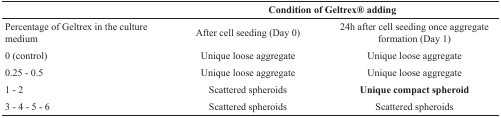
<table><thead><tr><td></td><td colspan="2"><b>Condition of Geltrex® adding</b></td></tr></thead><tbody><tr><td>Percentage of Geltrex in the culture medium</td><td>After cell seeding (Day 0)</td><td>24h after cell seeding once aggregateformation (Day 1)</td></tr><tr><td>0 (control)</td><td>Unique loose aggregate</td><td>Unique loose aggregate</td></tr><tr><td>0.25 - 0.5</td><td>Unique loose aggregate</td><td>Unique loose aggregate</td></tr><tr><td>1 - 2</td><td>Scattered spheroids</td><td><b>Unique compact spheroid</b></td></tr><tr><td>3 - 4 - 5 - 6</td><td>Scattered spheroids</td><td>Scattered spheroids</td></tr></tbody></table>